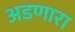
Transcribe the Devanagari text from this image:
अडणारा